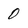
Character: 0